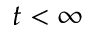
t < \infty